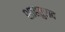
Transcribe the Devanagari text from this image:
शाहतुराब